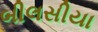
બીલસીયા